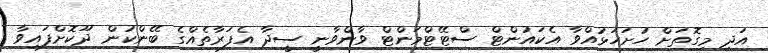
އަދި މިގޮތަށް ހުށަހަޅުއްވާ އެކައުންޓް ސްޓޭޓްމަންޓް ވާންވާނީ ސީދާ އެފަރާތެއްގެ ބޭންކުން ދޫކޮށްފައިވާ